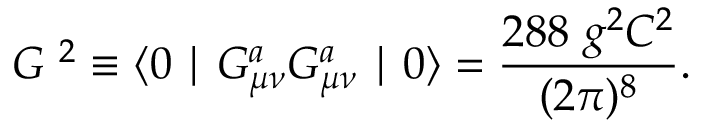
G \ ^ { 2 } \equiv \langle 0 \mid G _ { \mu \nu } ^ { a } G _ { \mu \nu } ^ { a } \mid 0 \rangle = \frac { 2 8 8 \ g ^ { 2 } C ^ { 2 } } { ( 2 \pi ) ^ { 8 } } .